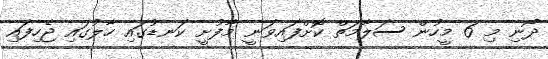
ދޯނި މި 6 މީހުން ސަލާމަތް ކޮށްފައިވަނީ މާފުށީ ކަނޑުގައި ހާލުގައި ޖެހިފައި